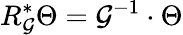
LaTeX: R_{\mathcal{G}}^{*}\Theta=\mathcal{G}^{-1}\cdot\Theta